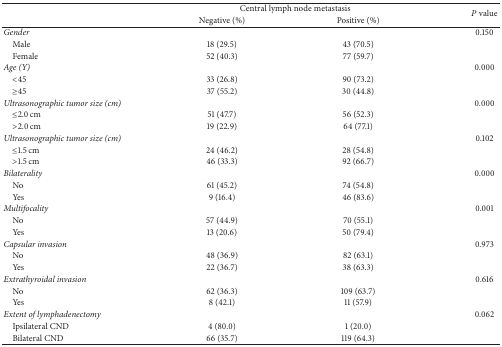
<table><thead><tr><td rowspan="2"><b> </b></td><td colspan="2"><b>Central lymph node metastasis</b></td><td rowspan="2"><b><i>P</i> value</b></td></tr><tr><td><b>Negative (%)</b></td><td><b>Positive (%)</b></td></tr></thead><tbody><tr><td><i>Gender</i></td><td> </td><td> </td><td>0.150</td></tr><tr><td> Male</td><td>18 (29.5)</td><td>43 (70.5)</td><td> </td></tr><tr><td> Female</td><td>52 (40.3)</td><td>77 (59.7)</td><td> </td></tr><tr><td><i>Age (Y)</i></td><td> </td><td> </td><td>0.000</td></tr><tr><td> &lt;45</td><td>33 (26.8)</td><td>90 (73.2)</td><td> </td></tr><tr><td> ≥45</td><td>37 (55.2)</td><td>30 (44.8)</td><td> </td></tr><tr><td><i>Ultrasonographic tumor size (cm)</i></td><td> </td><td> </td><td>0.000</td></tr><tr><td> ≤2.0 cm</td><td>51 (47.7)</td><td>56 (52.3)</td><td> </td></tr><tr><td> &gt;2.0 cm</td><td>19 (22.9)</td><td>64 (77.1)</td><td> </td></tr><tr><td><i>Ultrasonographic tumor size (cm)</i></td><td> </td><td> </td><td>0.102</td></tr><tr><td> ≤1.5 cm</td><td>24 (46.2)</td><td>28 (54.8)</td><td> </td></tr><tr><td> &gt;1.5 cm</td><td>46 (33.3)</td><td>92 (66.7)</td><td> </td></tr><tr><td><i>Bilaterality</i></td><td> </td><td> </td><td>0.000</td></tr><tr><td> No</td><td>61 (45.2)</td><td>74 (54.8)</td><td> </td></tr><tr><td> Yes</td><td>9 (16.4)</td><td>46 (83.6)</td><td> </td></tr><tr><td><i>Multifocality</i></td><td> </td><td> </td><td>0.001</td></tr><tr><td> No</td><td>57 (44.9)</td><td>70 (55.1)</td><td> </td></tr><tr><td> Yes</td><td>13 (20.6)</td><td>50 (79.4)</td><td> </td></tr><tr><td><i>Capsular invasion</i></td><td> </td><td> </td><td>0.973</td></tr><tr><td> No</td><td>48 (36.9)</td><td>82 (63.1)</td><td> </td></tr><tr><td> Yes</td><td>22 (36.7)</td><td>38 (63.3)</td><td> </td></tr><tr><td><i>Extrathyroidal invasion</i></td><td> </td><td> </td><td>0.616</td></tr><tr><td> No</td><td>62 (36.3)</td><td>109 (63.7)</td><td> </td></tr><tr><td> Yes</td><td>8 (42.1)</td><td>11 (57.9)</td><td> </td></tr><tr><td><i>Extent of lymphadenectomy</i></td><td> </td><td> </td><td>0.062</td></tr><tr><td> Ipsilateral CND</td><td>4 (80.0)</td><td>1 (20.0)</td><td> </td></tr><tr><td> Bilateral CND</td><td>66 (35.7)</td><td>119 (64.3)</td><td> </td></tr></tbody></table>